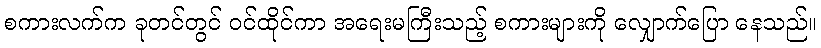
စကားလက်က ခုတင်တွင် ဝင်ထိုင်ကာ အရေးမကြီးသည့် စကားများကို လျှောက်ပြော နေသည်။